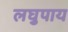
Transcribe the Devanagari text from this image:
लघुपाय